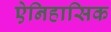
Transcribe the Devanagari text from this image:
ऐनिहासिक